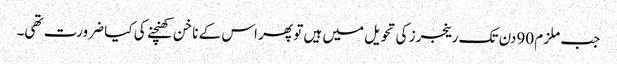
جب ملزم 90دن تک رینجرز کی تحویل میں ہیں تو پھر اس کے ناخن کھنچنے کی کیا ضرورت تھی۔